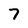
Character: 7